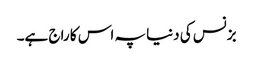
بزنس کی دنیا پہ اس کا راج ہے۔